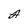
Character: A